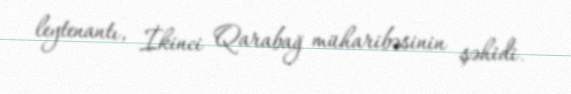
leytenantı, İkinci Qarabağ müharibəsinin şəhidi.